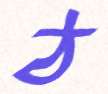
ঠ